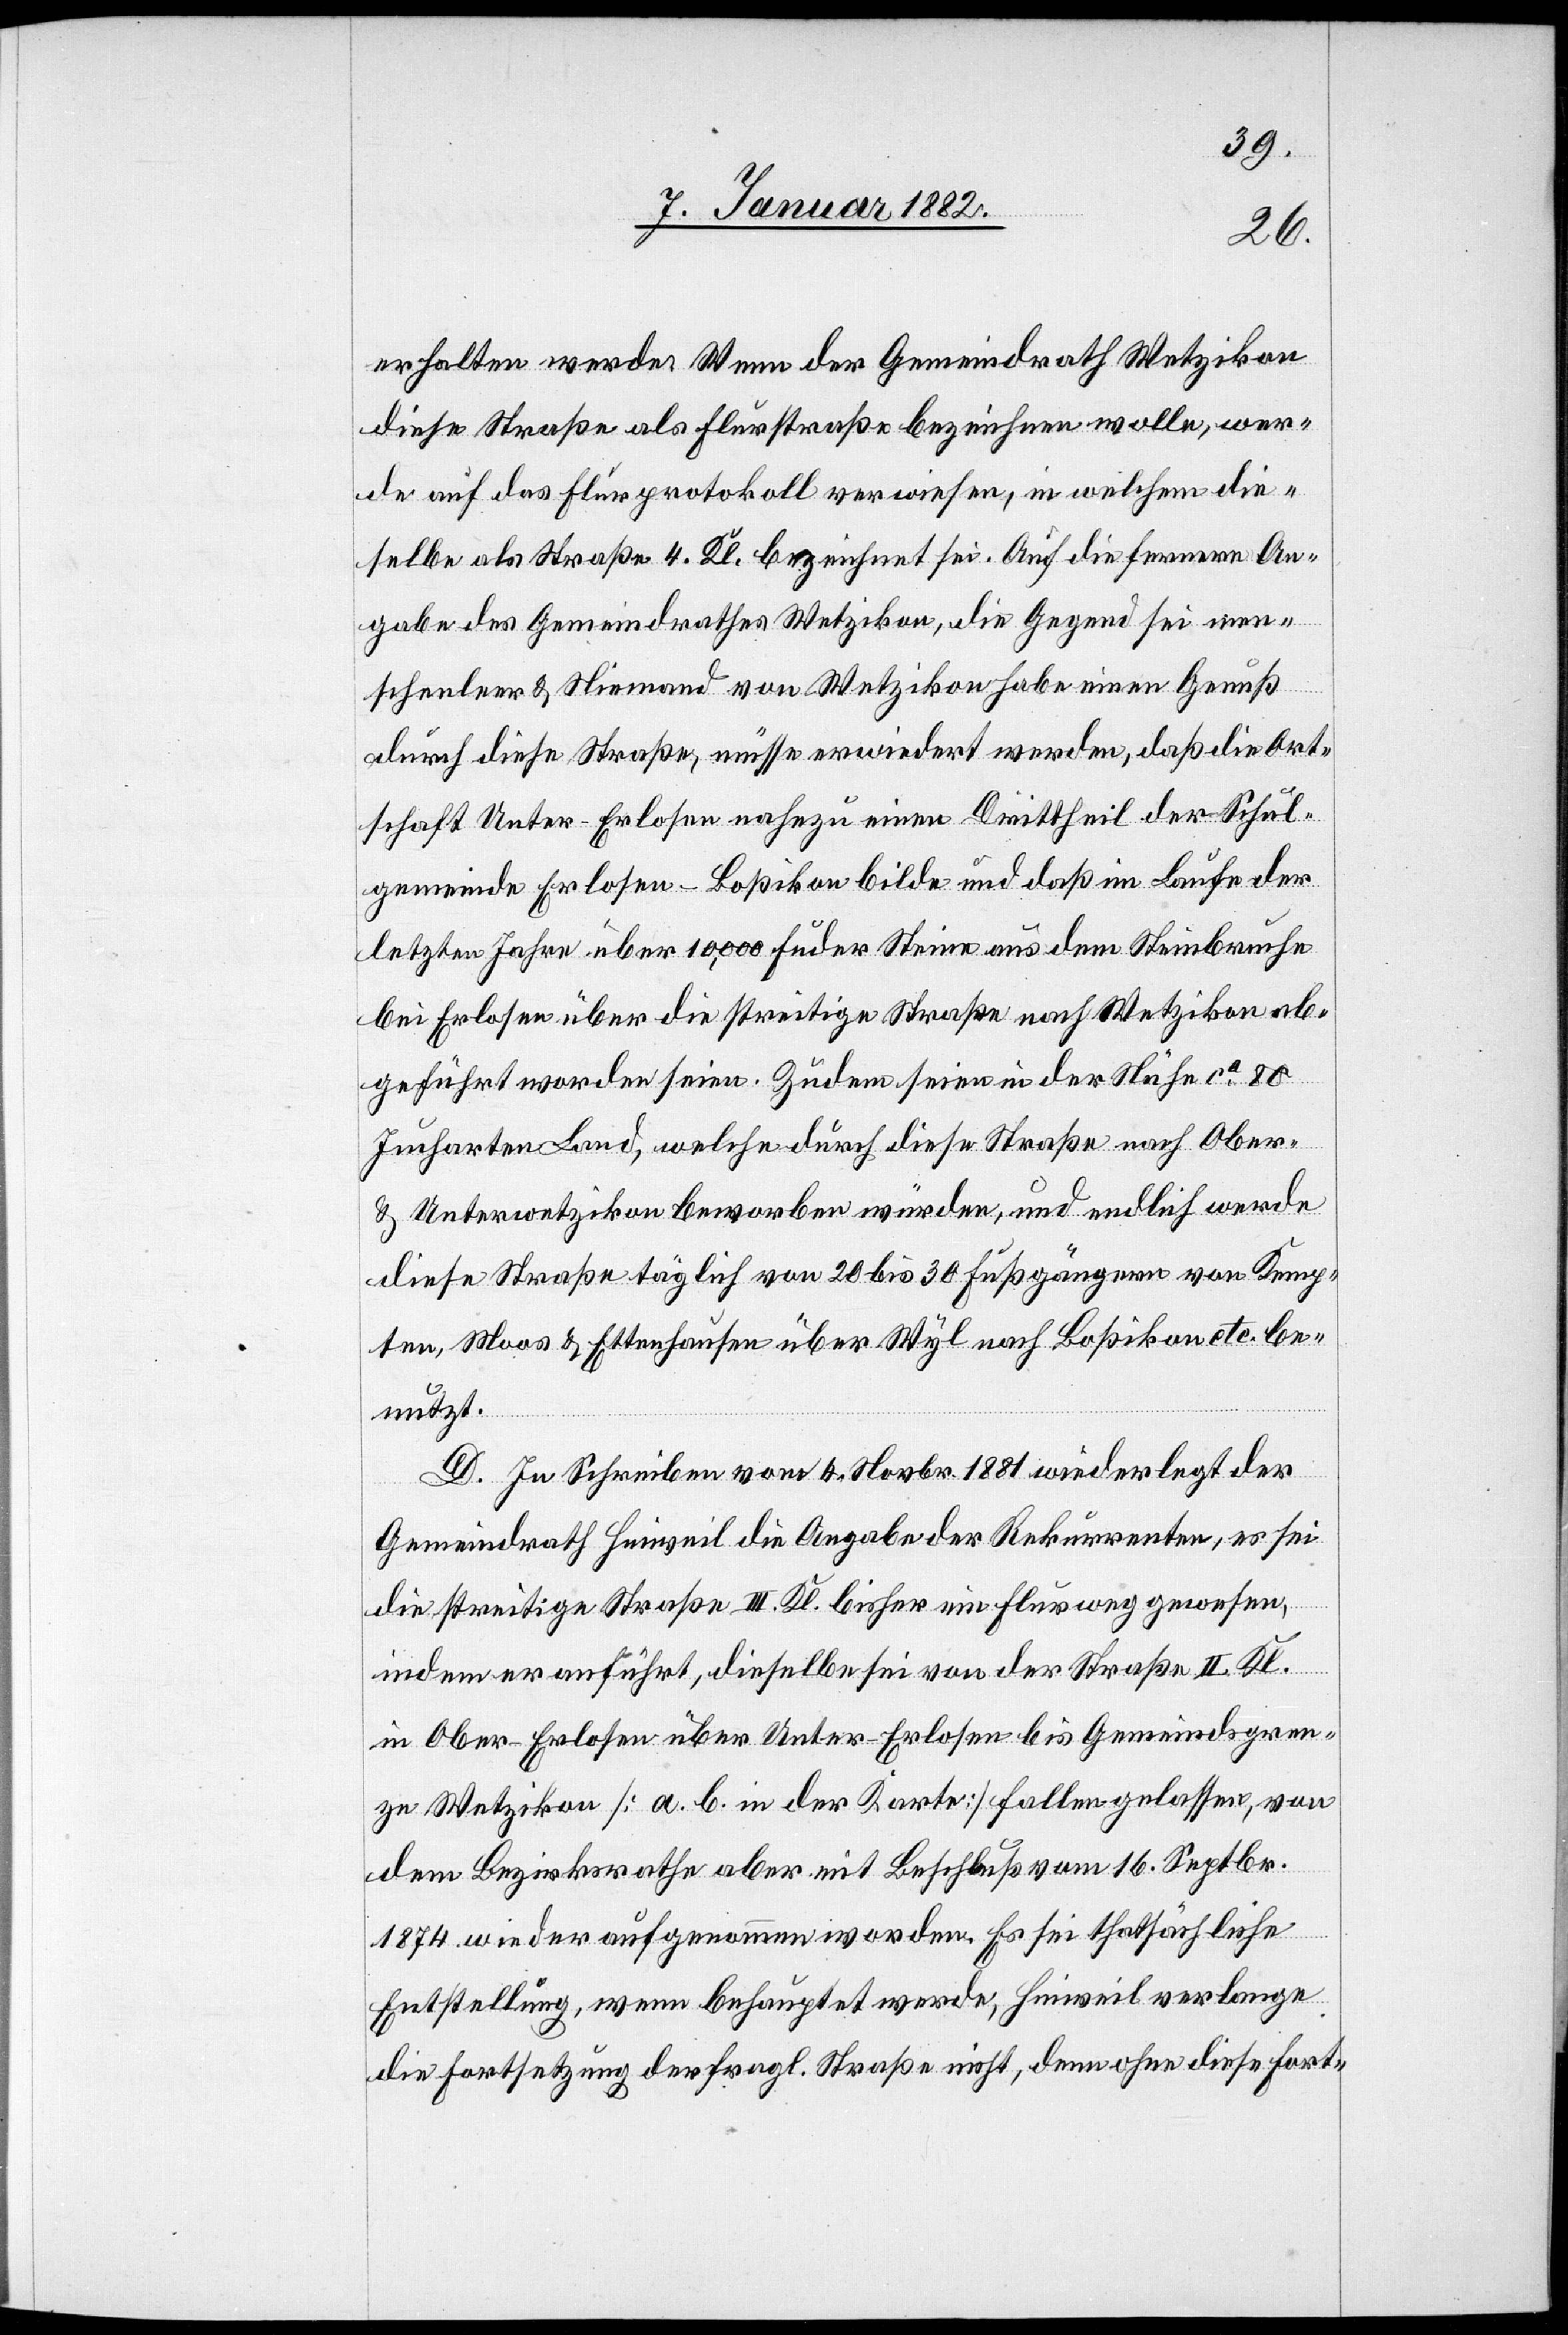
erhalten werde. Wenn der Gemeindrath Wetzikon
diese Straße als Flurstraße bezeichnen wolle, wer¬
de auf das Flurprotokoll verwiesen, in welchem die¬
selbe als Straße 4. Kl. bezeichnet sei. Auf die fernere An¬
gabe des Gemeindrathes Wetzikon, die Gegend sei men¬
schenleer & Niemand von Wetzikon habe einen Genuß
durch diese Straße, müsse erwiedert werden, daß die Ort¬
schaft Unter-Erlosen nahezu einen Drittheil der Schul¬
gemeinde Erlosen-Bossikon bilde und daß im Laufe der
letzten Jahre über 10,000 Fuder Steine aus dem Steinbruche
bei Erlosen über die streitige Straße nach Wetzikon ab¬
geführt worden seien. Zudem seien in der Nähe ca 80
Jucharten Land, welche durch diese Straße nach Ober-
& Unterwetzikon beworben würden, und endlich werde
diese Straße täglich von 20 bis 30 Fußgängern von Kemp¬
ten, Moos & Ettenhausen über Wyl nach Bossikon etc. be¬
nutzt.
D. In Schreiben vom 4. Novbr. 1881 wiederlegt der
Gemeindrath Hinweil die Angabe der Rekurrenten, es sei
die streitige Straße III. Kl. bisher ein Flurweg gewesen,
indem er anführt, dieselbe sei von der Straße II. Kl.
in Ober-Erlosen über Unter-Erlosen bis Gemeindsgren¬
ze Wetzikon [a. b. in der Karte] fallengelassen, von
dem Bezirksrathe aber mit Beschluß vom 16. Septbr.
1874 wieder aufgenommen worden. Es sei thatsächliche
Entstellung, wenn behauptet werde, Hinweil verlange
die Fortsetzung der fragl. Straße nicht, denn ohne diese Fort-